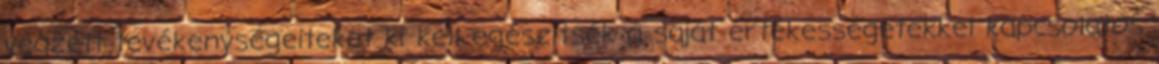
végzett tevékenységeiteket ki kell egészítsék a saját értékességetekkel kapcsolatos